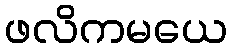
ဖလိကမယေ